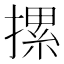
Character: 摞